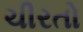
ચીરતો